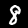
Digit: 8